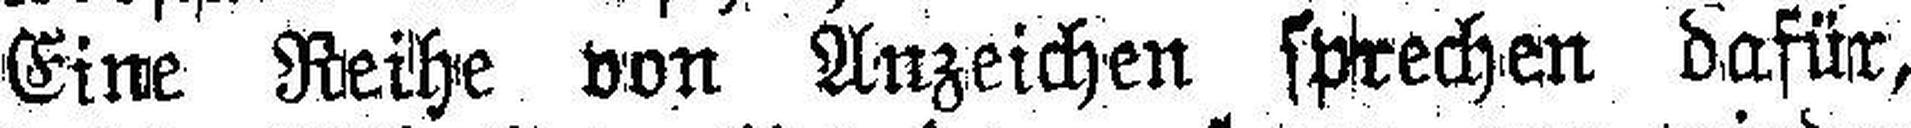
Eine Reihe von Anzeichen sprechen dafür,